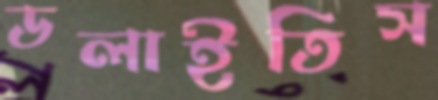
ডলাইতিস